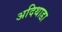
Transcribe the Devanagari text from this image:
अदिथाडा